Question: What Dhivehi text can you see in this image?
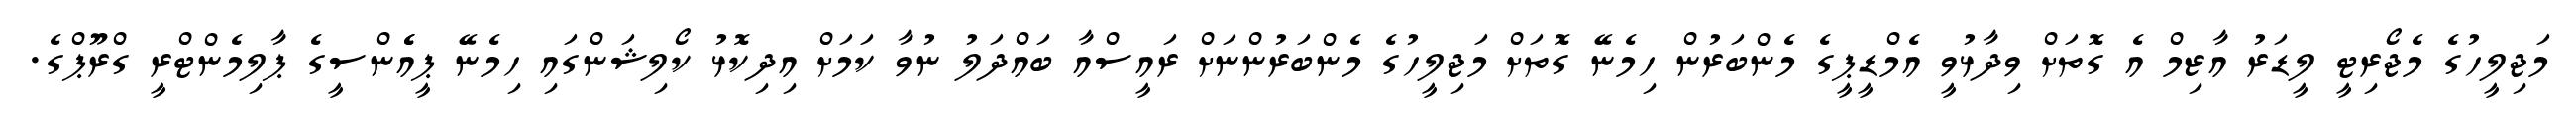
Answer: މަޖިލީހުގެ މެޖޯރިޓީ ލީޑަރު އާޒިމް އެ ގޮތަށް ވިދާޅުވީ އެމްޑީޕީގެ މެންބަރުން ހިމެނޭ ގޮތަށް މަޖިލީހުގެ މެންބަރުންނަށް ރައީސްއާ ބައްދަލު ނުވާ ކަމަށް އިދިކޮޅު ކޯލިޝަންގައި ހިމެނޭ ޕީއެެންސީގެ ޕާލިމެންޓްރީ ގްރޫޕްގެ.